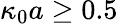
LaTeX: \kappa_{0}a\geq 0.5